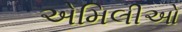
એમિલીઓ